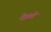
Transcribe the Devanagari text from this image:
देहाते